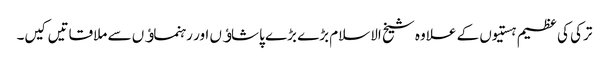
ترکی کی عظیم ہستیوں کے علاوہ شیخ الاسلام بڑے بڑے پاشاﺅں اور رہنماﺅں سے ملاقاتیں کیں۔